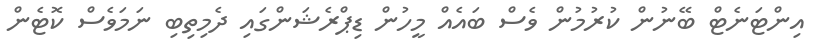
އިންޓަނެޓް ބޭނުން ކުރުމުން ވެސް ބައެއް މީހުން ޑިޕްރެޝަންގައި ދެމިތިބި ނަމަވެސް ކޮޓެން